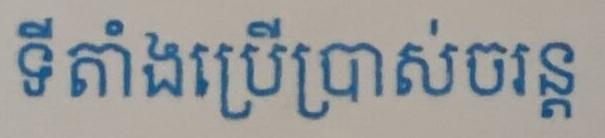
ទីតាំងប្រើប្រាស់ចរន្ដ